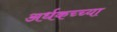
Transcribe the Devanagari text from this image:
अर्धकच्च्या